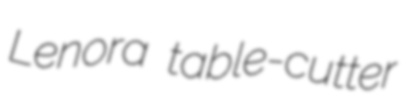
Lenora table-cutter